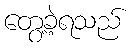
တွေ့ခဲ့ရသည်